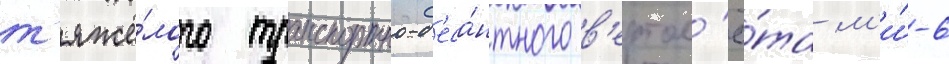
т'яжё́лого транспортно-д'еса́нтного в'ертол'ё́та м'и́-6